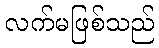
လက်မဖြစ်သည်